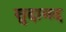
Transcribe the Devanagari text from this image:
सुदामद